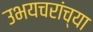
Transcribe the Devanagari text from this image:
उभयचरांच्या